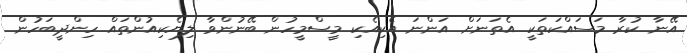
އޭނާ ކުރާ މަސައްކަތަކީ އެތަނަށް އަންނަ އެކިއެކި މީސްމީހުން ބޭނުންވާ ލިޔެކިއުންތައް ހިންދީބަހުން